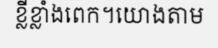
ខ្លីខ្លាំងពេក។យោងតាម